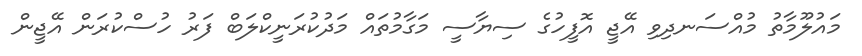
މައުލޫމާތު މުއްސަނދިވި އޭޖީ އޮފީހުގެ ސިޔާސީ މަގާމުތައް މަދުކުރަނީކްލަބް ފަރު ހުސްކުރަން އޭޖީން